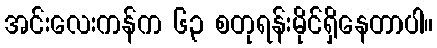
အင်းလေးကန်က ၆၃ စတုရန်းမိုင်ရှိနေတာပါ။